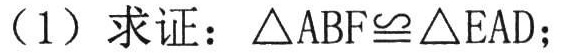
（1）求证：\(\triangle ABF\cong\triangle EAD\)；